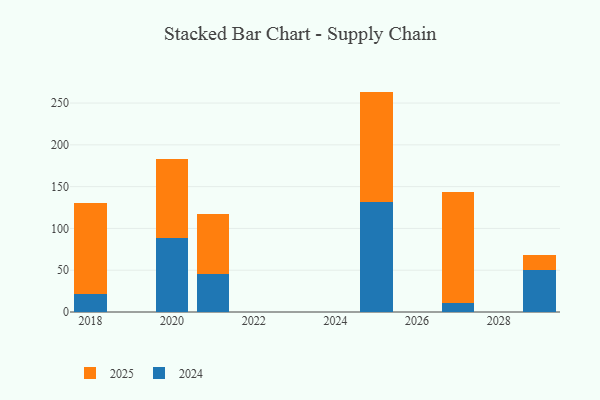
{"axis": {"x": "Year", "y": "Budget (USD K)"}, "legend": ["2024", "2025"], "data": [{"x": "2020", "y": 89.1, "type": "2024"}, {"x": "2020", "y": 93.9, "type": "2025"}, {"x": "2018", "y": 21.1, "type": "2024"}, {"x": "2018", "y": 109.9, "type": "2025"}, {"x": "2027", "y": 10.3, "type": "2024"}, {"x": "2027", "y": 133.3, "type": "2025"}, {"x": "2029", "y": 49.9, "type": "2024"}, {"x": "2029", "y": 18.1, "type": "2025"}, {"x": "2021", "y": 45.1, "type": "2024"}, {"x": "2021", "y": 72.5, "type": "2025"}, {"x": "2025", "y": 131.9, "type": "2024"}, {"x": "2025", "y": 131.8, "type": "2025"}]}